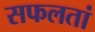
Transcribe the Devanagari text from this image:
सफलतां